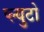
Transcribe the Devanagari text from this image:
प्ल्युटो